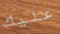
عليك